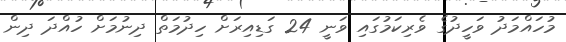
މުހައްމަދު ވަހީދުގެ ވެރިކަމުގައި ވަނީ 24 ގަޑިއިރަށް ހިދުމަތް ދިނުމަށް ހުއްދަ ދިން